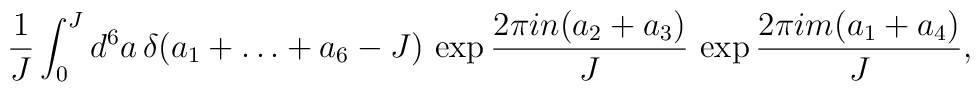
\frac{1}{J}\int_0^J d^6 a\,\delta(a_1+\ldots+a_6-J)\,\exp \frac{2\pi i n (a_2+a_3)}{J}\,\exp \frac{2\pi i m (a_1+a_4)}{J},